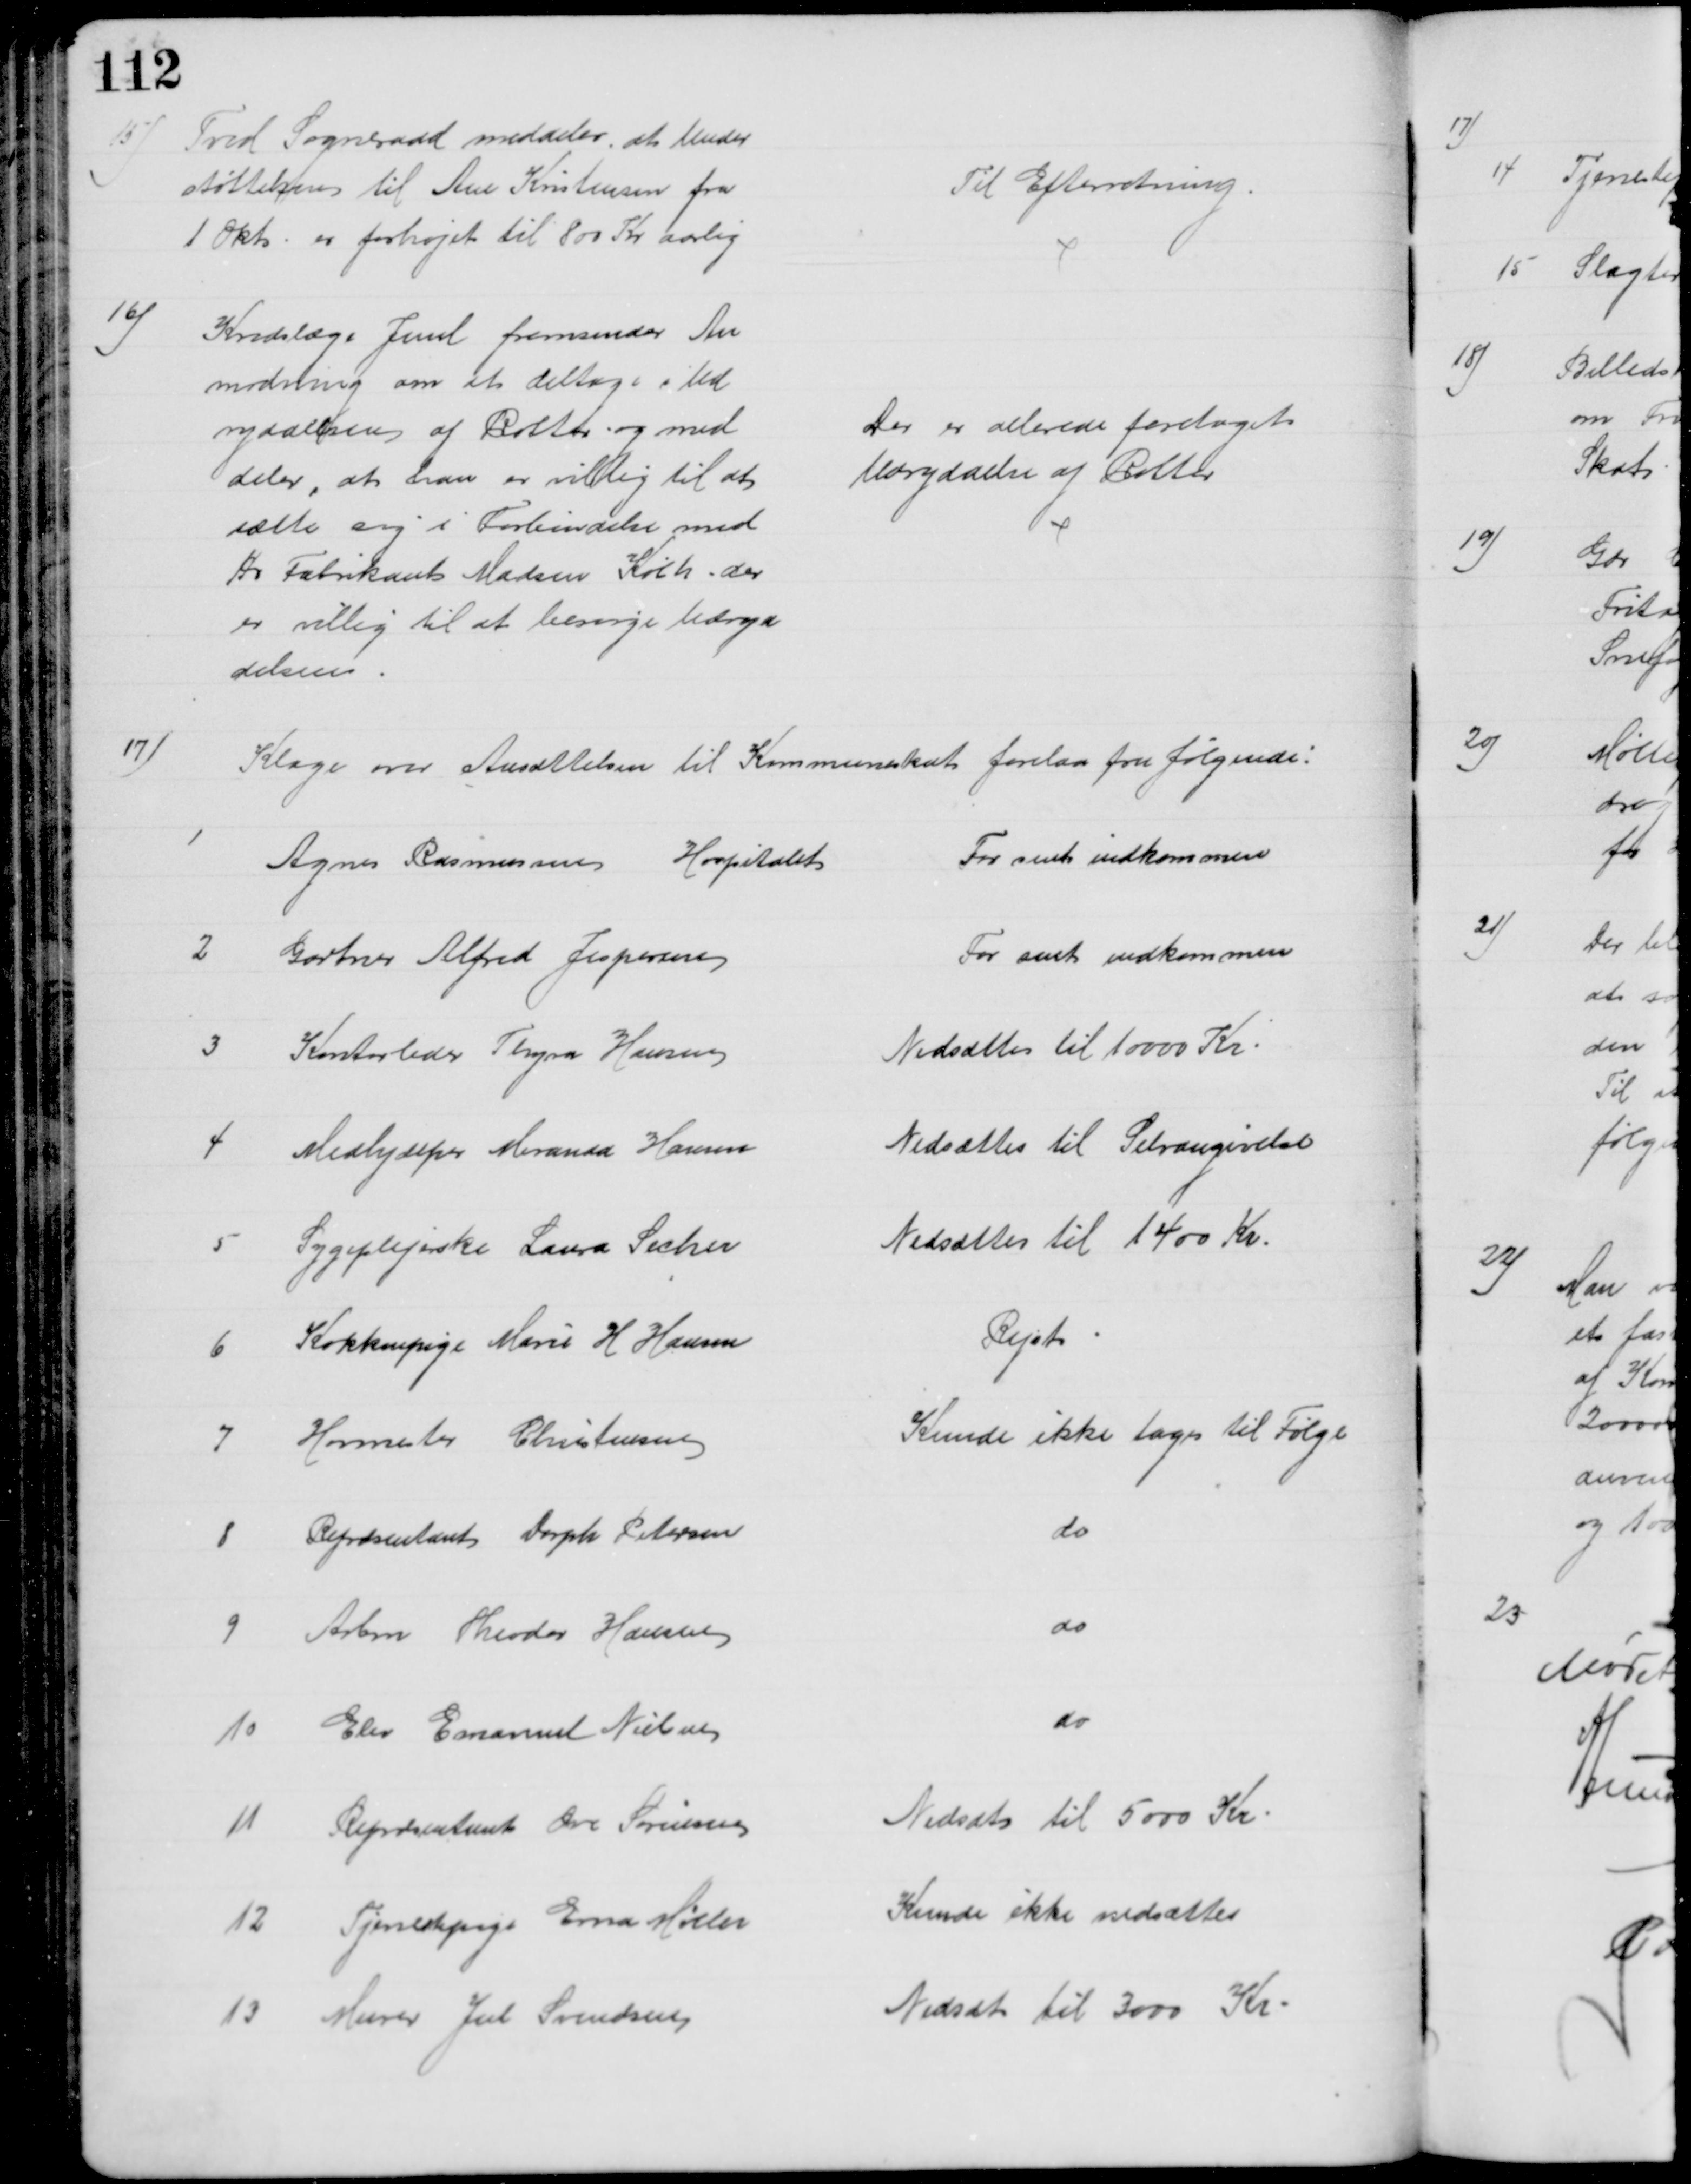
Transskription:
15)
Tved Sogneraad meddeler, at Under
støttelsen til Ane Kristensen fra
1 Okt. er forhøjet til 800 Kr aarlig
Til Efterretning.
16)
Kredslæge Juul fremsender An
modning om at deltage i Ud
ryddelsen af Rotter og med 
deler, at han er villig til at
sætte sig i Forbindelse med
Hr Fabrikant Madsen Købh. der
er villig til at besørge Udryd
delsen
Der er allerede foretaget
Udryddelse af Rotter
17)
Klage over Ansættelsen til Kommuneskat forelaa fra følgende:
1
Agnes Rasmussen Hospitalet
For sent indkommen
2 
Gartner Alfred Jespersen
For sent indkommen
3 
Kontorleder Thyra Hansen
Nedsættes til 10000 Kr
4
 Medhjælper Miranda Hansen
Nedsættes til Selvangivelse
5
Sygeplejerske Laura Secher
Nedsættes til 1400 Kr.
6 
Køkkenpige Marie H Hansen
Rejst
7
Hovmester Christensen
Kunde ikke tages til Følge
8
Repræsentant Dorph Petersen
do
9 
Arbm Theodor Hansen
do
10 
Elev Emanuel Nielsen
do
11 
Repræsentant Ove Sørensen
Nedsat til 5000 Kr
12 
Tjenestepige Erna Møller
Kunde ikke nedsættes
13
Murer Jul Svendsen
Nedsat til 3000 Kr